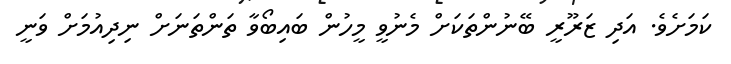
ކަމަށެވެ. އަދި ޒަރޫރީ ބޭނުންތަކަށް މެނުވީ މީހުން ބައިބޯވާ ތަންތަނަށް ނިދިއުމަށް ވަނީ